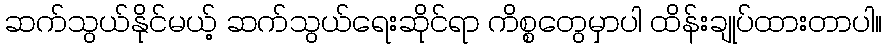
ဆက်သွယ်နိုင်မယ့် ဆက်သွယ်ရေးဆိုင်ရာ ကိစ္စတွေမှာပါ ထိန်းချုပ်ထားတာပါ။